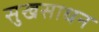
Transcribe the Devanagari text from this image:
सुखसाधन